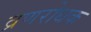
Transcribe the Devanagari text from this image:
व्रणरोधक